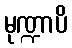
မုဏ္ဍာပိ